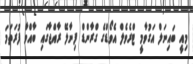
މިއީ ބައިނަލް އަގުވާމީ ޓްރެވެލް އެވޯޑްގެ ގްރާންޑް ފިނާލޭ ރާއްޖާގައި ބާއްވާ ފުރަތަމަ